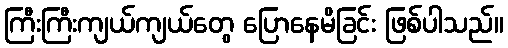
ကြီးကြီးကျယ်ကျယ်တွေ ပြောနေမိခြင်း ဖြစ်ပါသည်။